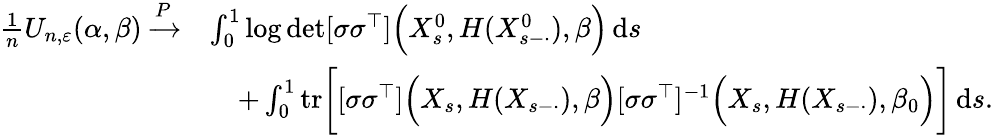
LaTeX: \begin{array}{rl}{\frac{1}{n}U_{n,\varepsilon}(\alpha,\beta)\xrightarrow{P}}&{\int_{0}^{1}\log\operatorname*{det}[\sigma\sigma^{\top}]\Bigl(X_{s}^{0},H(X_{s-\cdot}^{0}),\beta\Bigr)\, \mathrm{d}s}\\ &{\quad+\int_{0}^{1}\mathrm{tr}\bigg[[\sigma\sigma^{\top}]\Bigl(X_{s},H(X_{s-\cdot}),\beta\Bigr)[\sigma\sigma^{\top}]^{-1}\Bigl(X_{s},H(X_{s-\cdot}),\beta_{0}\Bigr)\bigg]\, \mathrm{d}s.}\end{array}